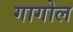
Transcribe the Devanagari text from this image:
गागोल